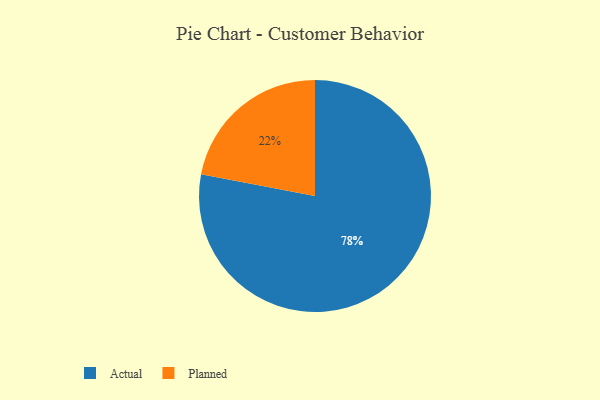
{"axis": {"x": "Category", "y": "Percentage"}, "legend": ["Actual", "Planned"], "data": [{"x": "Actual", "y": 78, "type": "Actual"}, {"x": "Planned", "y": 22, "type": "Planned"}]}